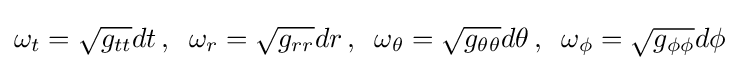
\omega _{t}={\sqrt {g_{tt}}}dt\,,\;\;\omega _{r}={\sqrt {g_{rr}}}dr\,,\;\;\omega _{\theta }={\sqrt {g_{\theta \theta }}}d\theta \,,\;\;\omega _{\phi }={\sqrt {g_{\phi \phi }}}d\phi